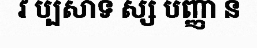
វ ប្បសាទ ស្ស បញ្ញា ន